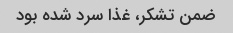
ضمن تشکر، غذا سرد شده بود